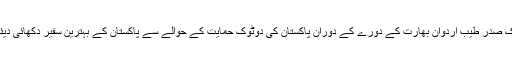
ترک صدر طیب اردوان بھارت کے دورے کے دوران پاکستان کی دوٹوک حمایت کے حوالے سے پاکستان کے بہترین سفیر دکھائی دیئے۔